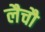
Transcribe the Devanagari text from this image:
लैचौ